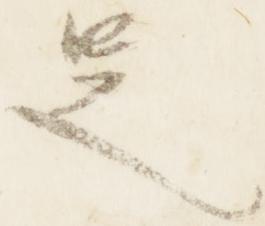
足